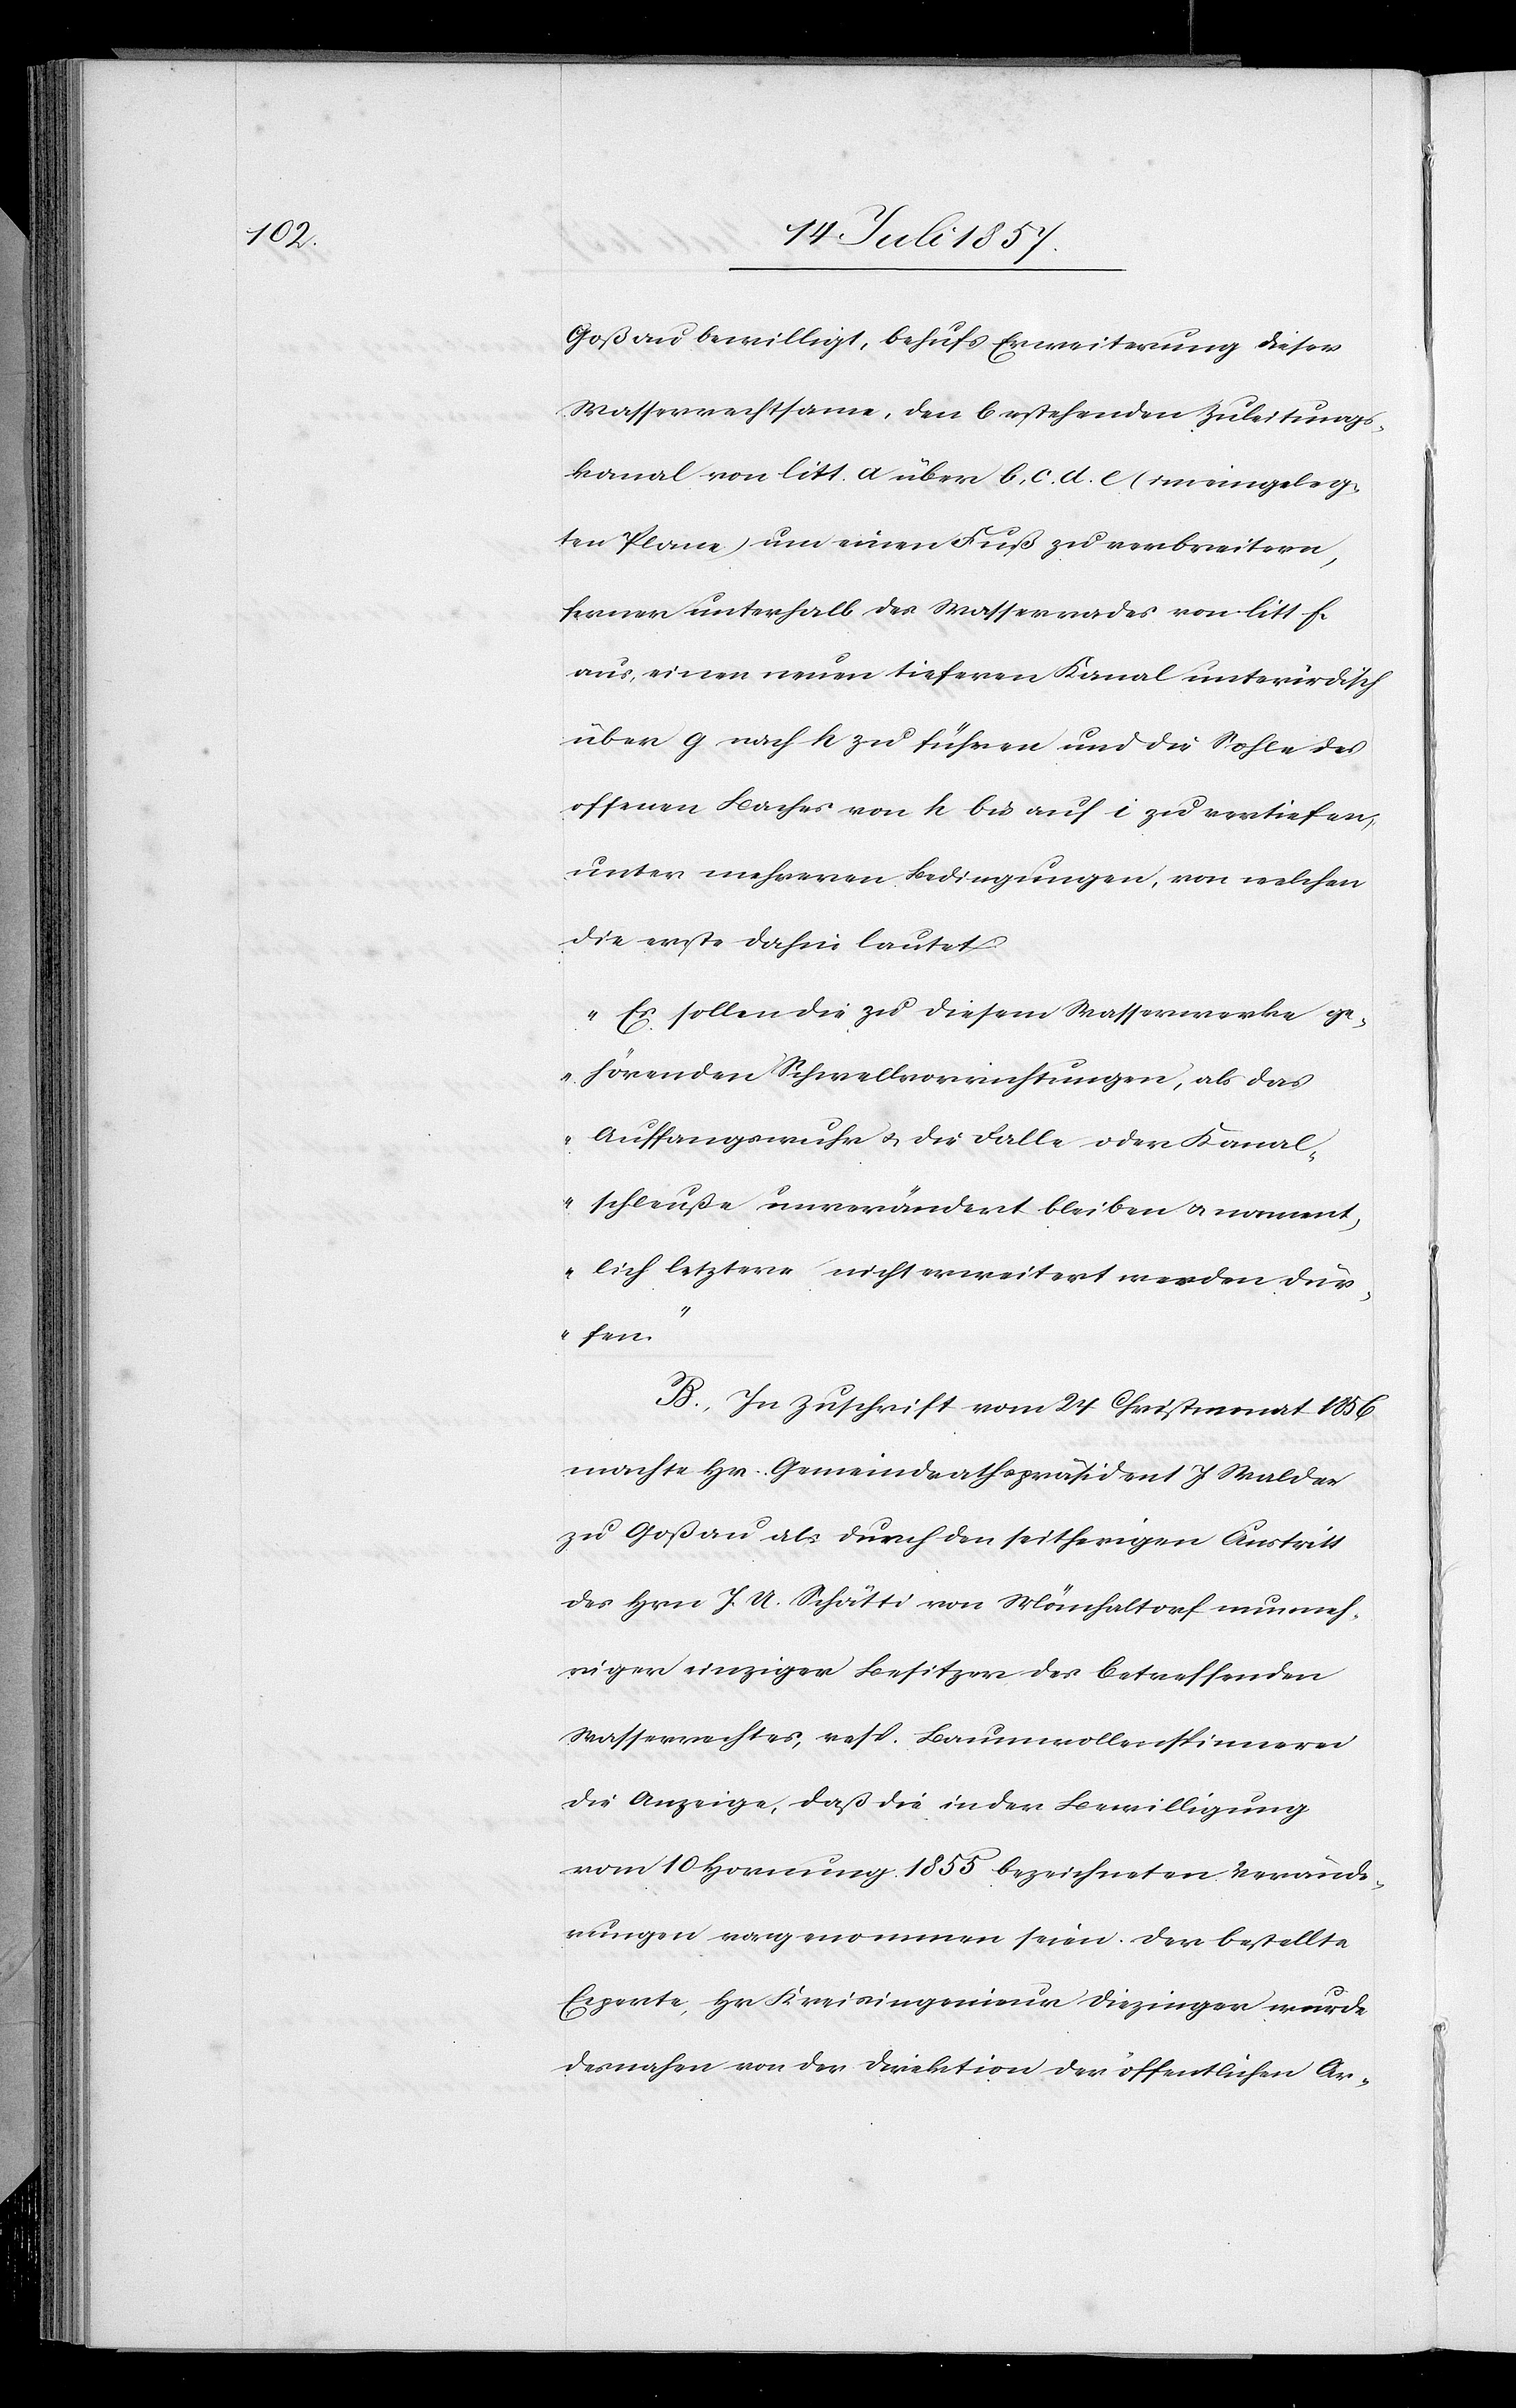
Goßau bewilligt, behufs Erweiterung dieser
Wasserrechtssame, den bestehenden Zuleitungs¬
kanal von litt. a über b, c, d, e (im eingeleg¬
ten Plane) um einen Fuß zu verbreitern,
ferner unterhalb des Wasserrades von litt. f.
aus, einen neuen tieferen Kanal unterirdisch
über g nach h zu führen und die Sohle des
offenen Baches von h bis auf i zu vertiefen,
unter mehreren Bedingungen, von welchen
die erste dahin lautet:
„Es sollen die zu diesem Wasserwerke ge¬
hörenden Schwellvorrichtungen, als das
Auffangswuhr & die Falle oder Kanal¬
schleuße unverändert bleiben & nament¬
lich letztere nicht erweitert werden dür¬
fen.“
B. In Zuschrift vom 24 Christmonat 1856
machte Hr. Gemeindrathspräsident J. Walder
zu Goßau als durch den seitherigen Austritt
des Hrn. J. A. Schätti von Mönchaltorf nunmeh¬
rigen einzigen Besitzer des betreffenden
Wasserrechtes, resp. Baumwollenspinnerei
die Anzeige, daß die in der Bewilligung
vom 10 Hornung 1855 bezeichneten Verände¬
rungen vorgenommen seien. Der bestellte
Experte, Hr Kreisingenieur Diezinger wurde
desnahen von der Direktion der öffentlichen Ar-